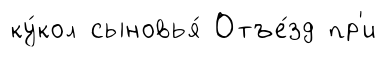
ку́кол сыновья́ Отъе́зд пр'и